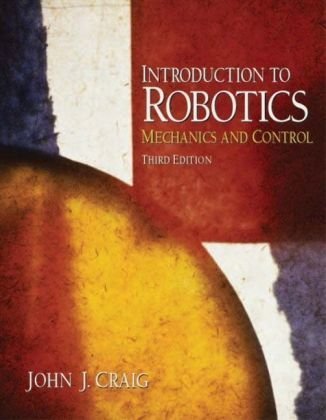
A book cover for Introduction to Robotics: Mechanics and Control (3rd Edition); John J. Craig; Computers & Technology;